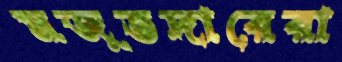
মজুতদারেরা